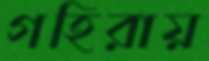
গহিরায়